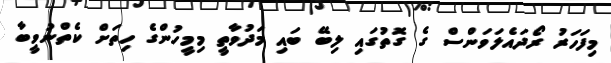
މިފަހަރު ރޯދައެލަވަންސް ގެ ގޮތުގައި ލިބޭ ބައި މަދުވާތީ މިމީހުންގެ ހިތަށް ކެތްނުވީބާ